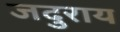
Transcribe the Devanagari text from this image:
जदुराय